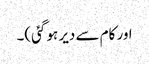
اور کام سے دیر ہو گئی)۔